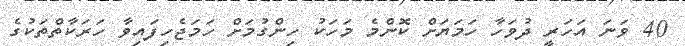
40 ވަނަ އަހަރީ ދުވަހާ ހަމަޔަށް ކޮންމެ މަހަކު ހިންގުމަށް ހަމަޖެހިފައިވާ ހަރަކާތްތަކުގެ